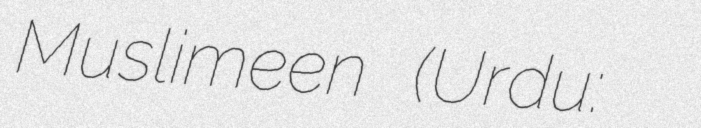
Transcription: Muslimeen (Urdu: جموں و